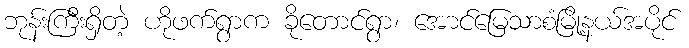
ဘုန်းကြီးရှိတဲ့ ဟိုဖက်ရွာက ခိုတောင်ရွာ၊ အောင်မြေသာစံမြို့နယ်အပိုင်